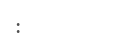
: